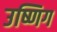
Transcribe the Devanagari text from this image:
उष्णिग